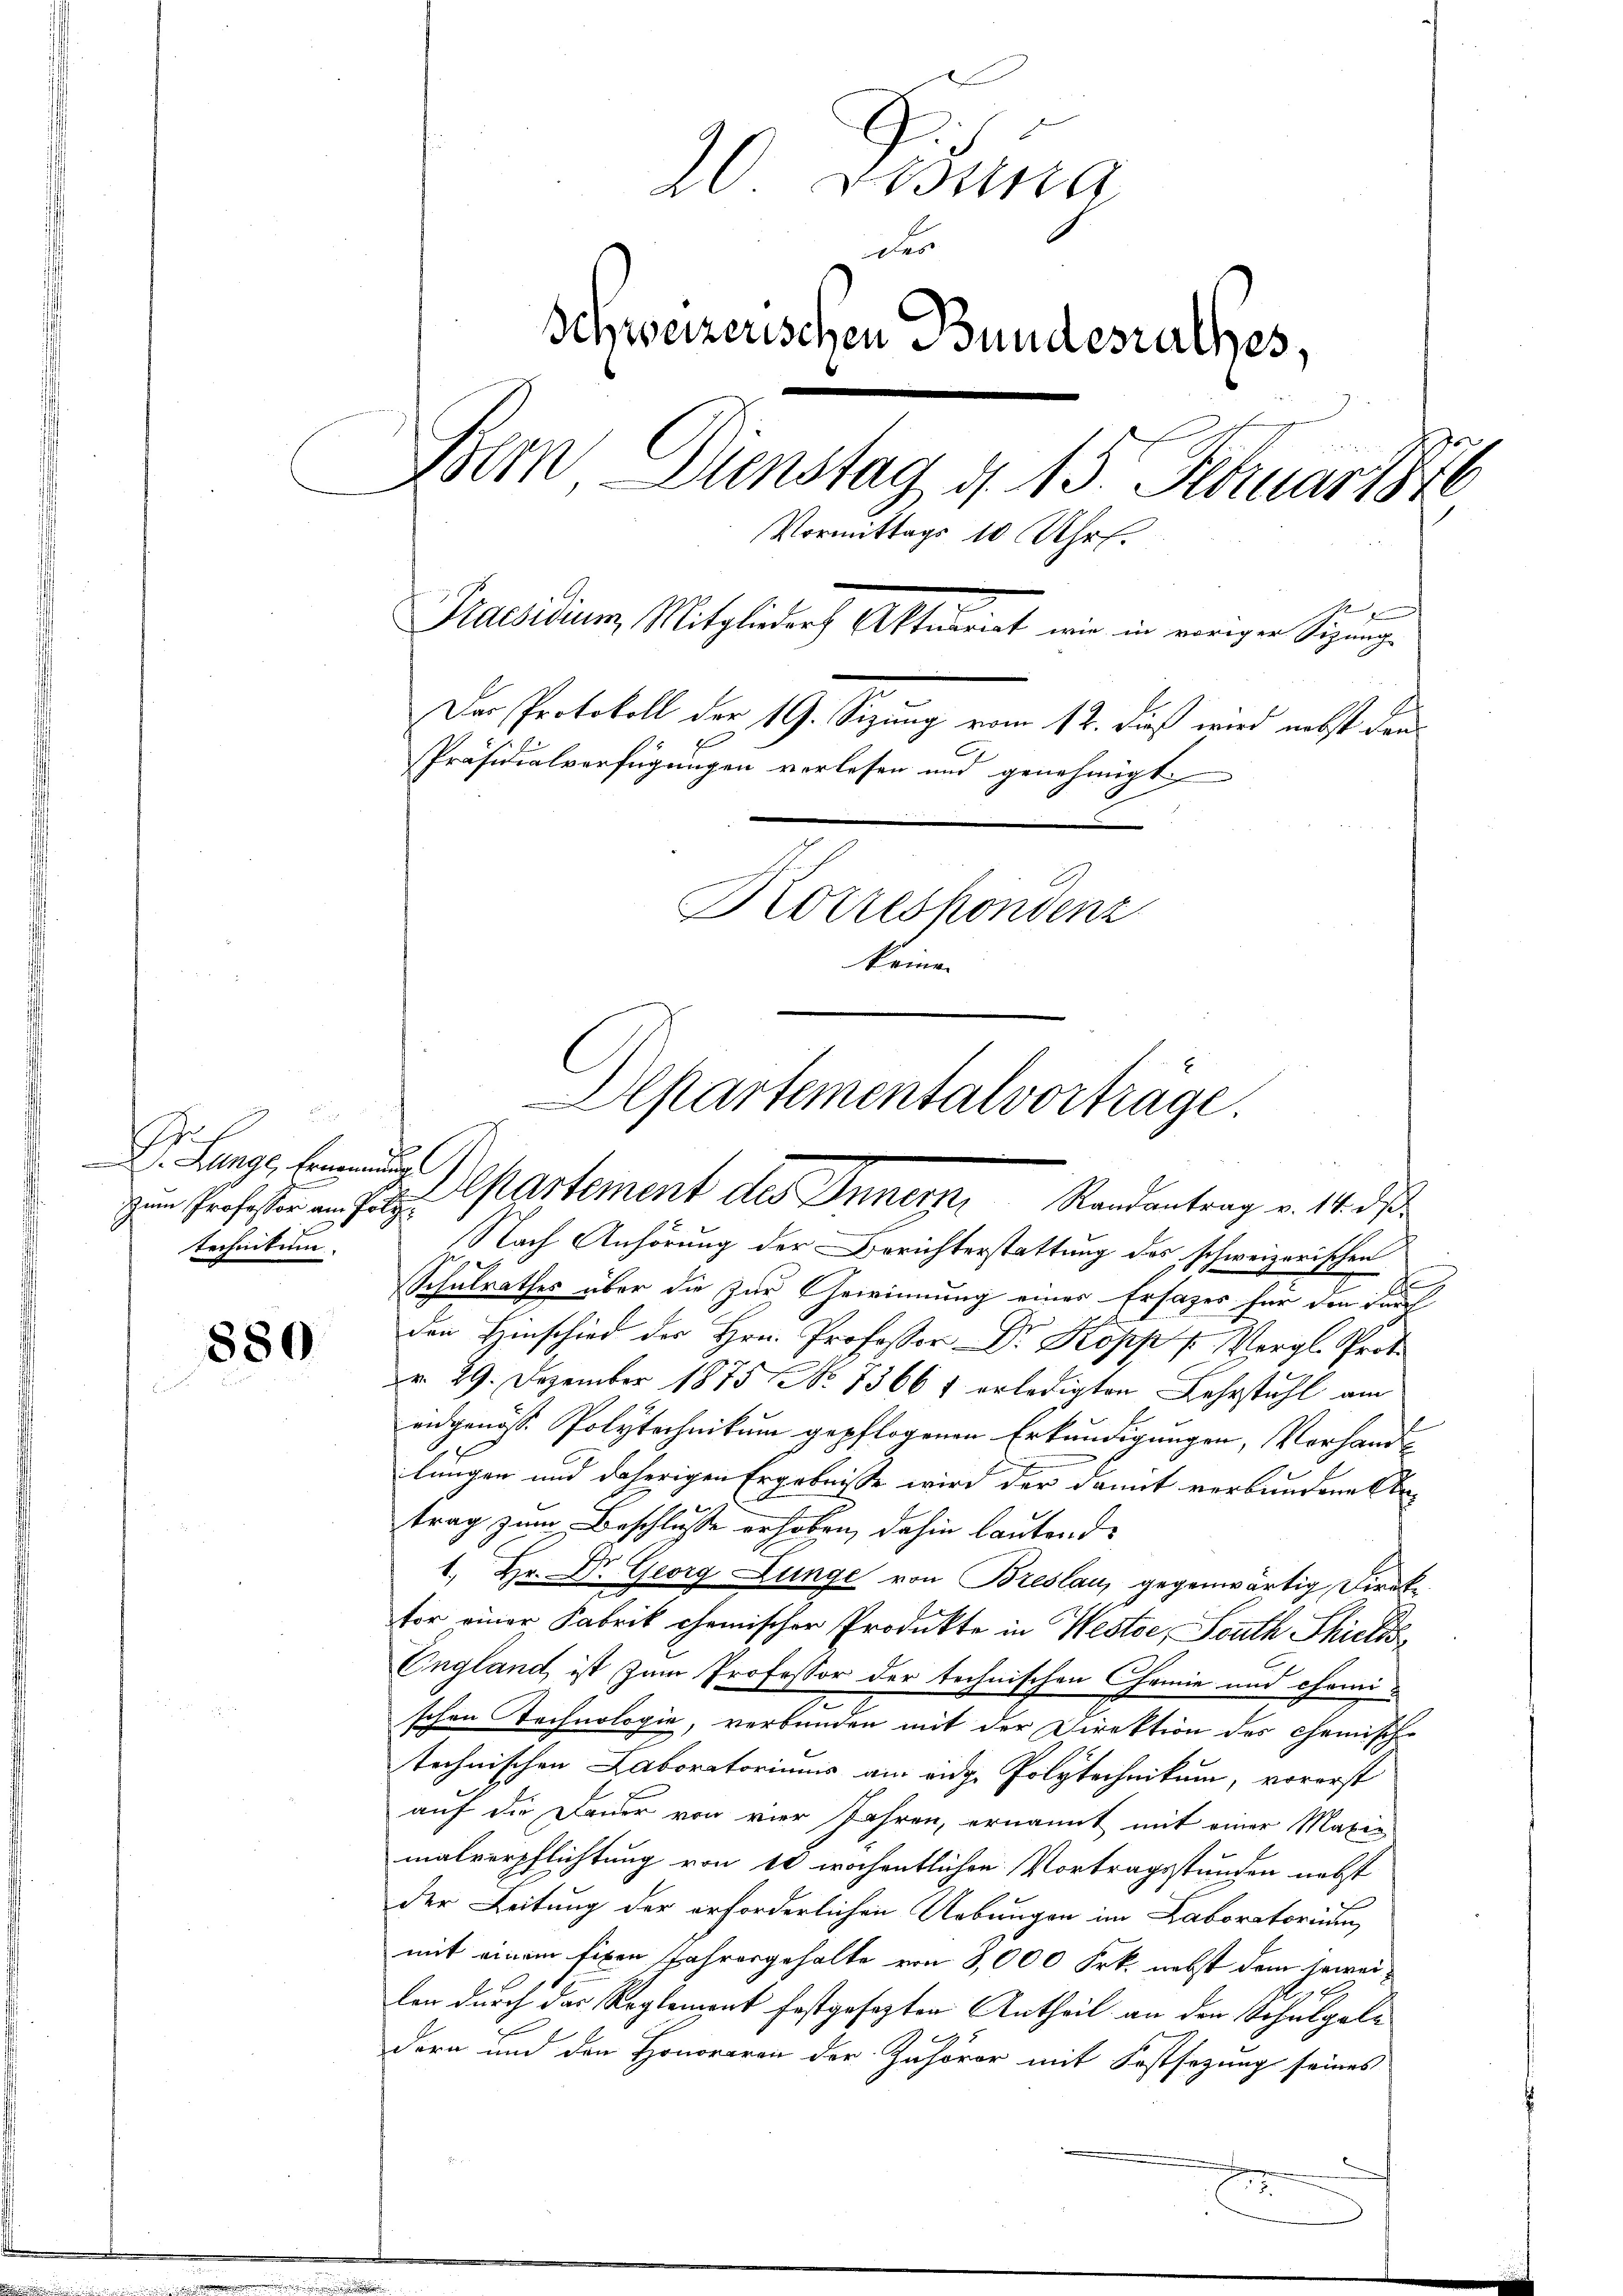
.
 Lunge, Ernennung
zum Professor am Polytechnikum.

880

10. Disena
Des
Schweizerischen Bundesrathes,
Bern Dienstag d. 15. Februar 1876
Vormittags 10 Uhr.
e
Praesidium, Mitglieder Aktuariat wir in vorigen Sitzunge
Der Protokoll der 19. Sizung vom 12. dieß wird nebst dan
Präsidialverfügungen verlesen und genehmigt.
Korrespondenz
keine

Nach Anhörung der Berichterstattung des schweizerischen
Gee
Schulrathes über die zur Gewinnung eines Ersatzes für den durch
den Hinschied des Hrn. Professor Dr. Kopp / Vergl. Prot
r. 29. Dezember 1875 No 1366 f erledigten Lehrstuhl am
andgenöss. Polytechnikum gepflogenen Erkundigungen, Vorhandlungen und daherigen Ergebnisse wird der damit verbundene Antrag zum Beschlusse erhoben, dahin lautende
1. Hr. Dr. Georg Lunge von Breslau, gegenwärtig, Direk
tor einer Fabrik chemischer Produkte in Weste, South Schicks
England ist zum Professor der technischen Chemie und chemischen Technologie, verbunden mit der Direktion des chemische
technischen Laboratoriums am eidg. Polytechnikum, vorerst
auf die Feuer von vier Jahren, ernannt mit einer Maxie
malverpflichtung von 14 wöchentlichen Vortragsstunden nebst
der Leitung der erforderlichen Uebungen im Laboratorium
mit einem fixen Jahresgehalte von 8,000 Frk. nebst dem jeweilen durch das Reglement festgesezten Antheil an den Schulgeldera und den Honoraren der Zuhörer mit Festsezung seines

Alkartementalvortrage.
Departement des Innern Standentrag v. Mts.